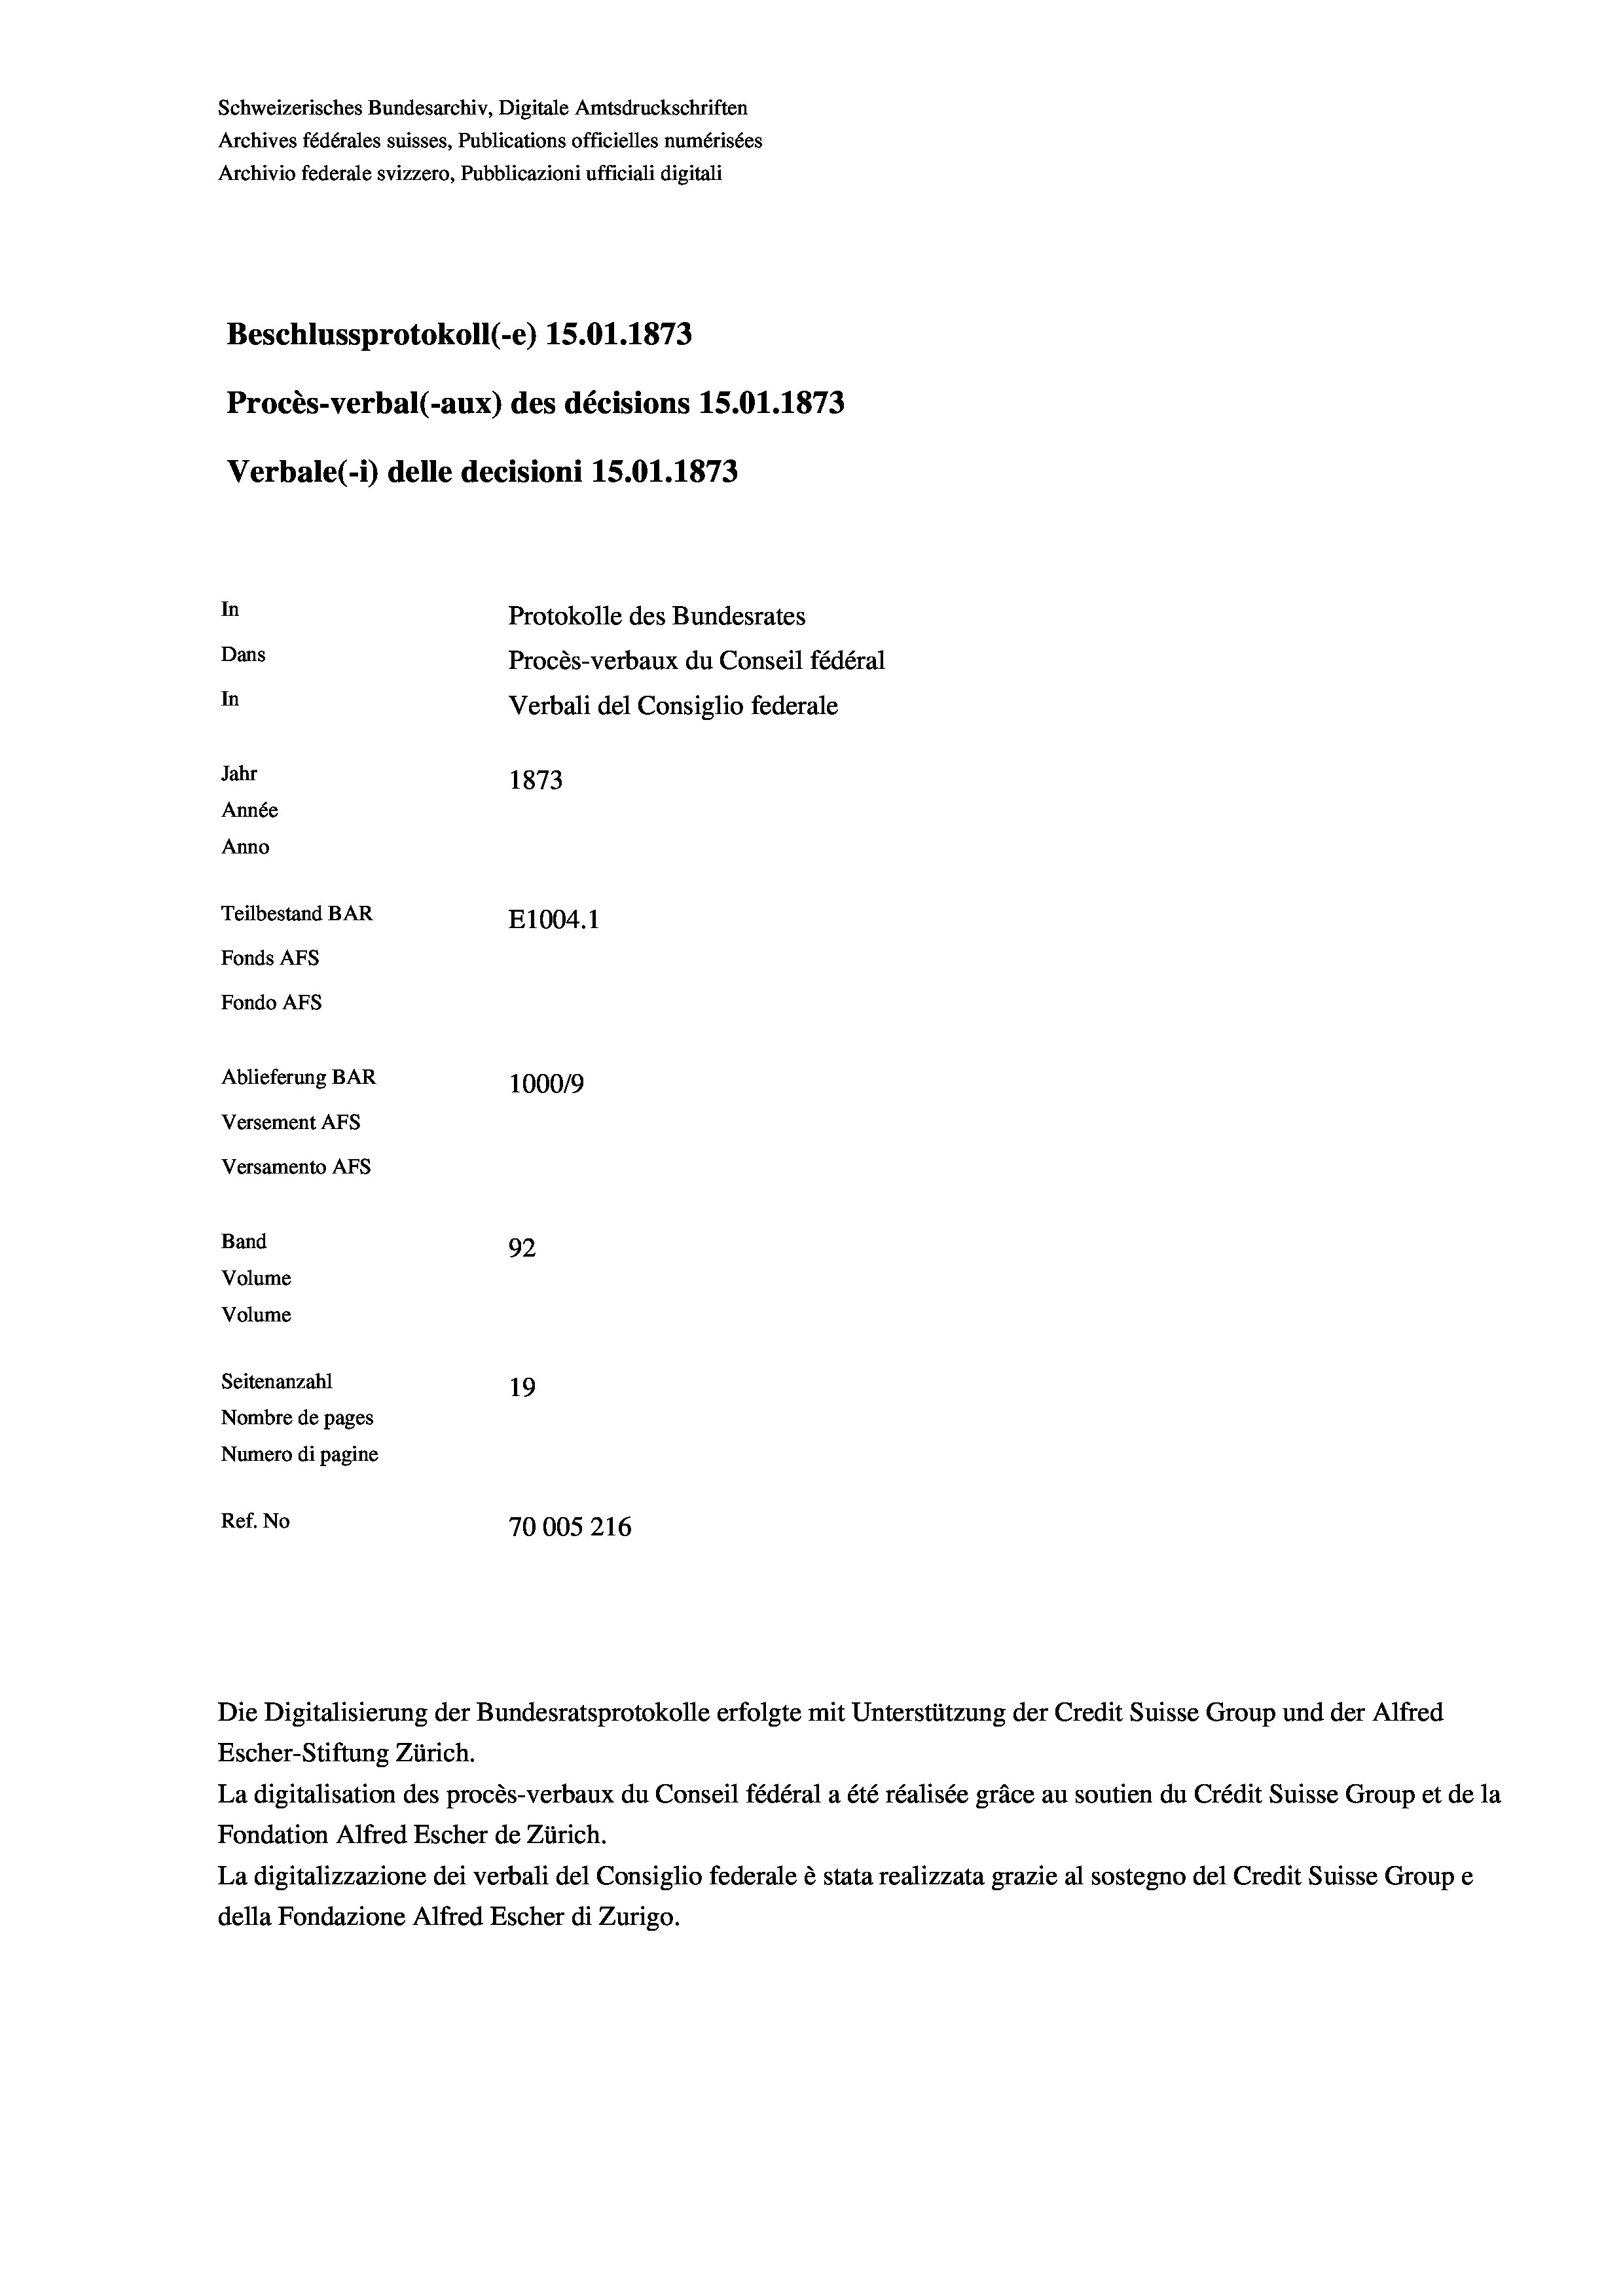
Schweizerisches Bundesarchiv, Digitale Amtsdruckschriften
Archives fédérales suisses, Publications officielles numérisées
Archivio federale svizzero, Pubblicazioni ufficiali digitali
Beschlussprotokoll (-e) 15.01. 1873
Procès-verbal (-aux) des décisions 15.01. 1873
Verbale (- 1) delle decisioni 15.01. 1873
In
Protokolle des Bundesrates
Dans
Procès-verbaux du Conseil fédéral
In
Verbali del Consiglio federale
Jahr
1873
Année
Anno
Teilbestand BAR
E1004.1
Fonds AFs
Fondo AFs
Ablieferung BAR
1000/9
Versement Abs
Versamento Afs

Band
Volume
Volume

92
Seitenanzahl
19
Nombre de pages
Numero di pagine
Ref. No
70005216

Escher-Stiftung Zürich.
La digitalisation des procès-verbaux du Conseil fédéral a été réalisée gräce au soutien du Crédit Suisse Group et de la
Fondation Alfred Escher de Zürich.
La digitalizzazione dei verbali del Consiglio federale è stata realizzata grazie al sostegno del Credit Suisse Groupe
della Fondazione Alfred Escher di Zurigo.

Die Digitalisierung der Bundesratsprotokolle erfolgte mit Unterstützung der Credit Suisse Group und der Alfred